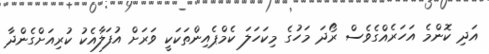
އަދި ކޮންމެ އަހަރެއްގެވެސް ރޯދަ މަހުގެ މިކަހަލަ ކެމްޕެއިންތަކަކީ ވަރަށް އުފަލާއެކު ކުރިއަށްގެންދާ